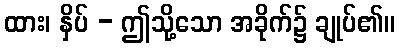
ထား၊ နှိပ် - ဤသို့သော အခိုက်၌ ချုပ်၏။